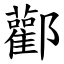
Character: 酄